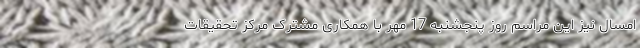
امسال نیز این مراسم روز پنجشنبه 17 مهر با همکاری مشترک مرکز تحقیقات